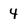
Character: 4